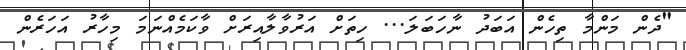
"ދެން މަންމާ ތިހެން އަބަދު ނާހަބަލަ... ހިތަށް އަރުވާލާއިރަށް ވާކަމެއްނަމަ މިހާރު އަހަރެން